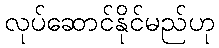
လုပ်ဆောင်နိုင်မည်ဟု